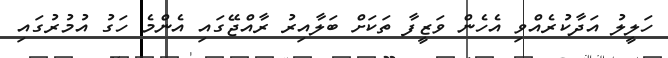
ހަލީލު އަދާކުރެއްވި އެހެން ވަޒީފާ ތަކަށް ބަލާއިރު ރާއްޖޭގައި އެންމެ ހަގު އުމުރުގައި